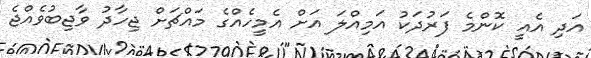
އަދި އެއީ ކޮންމެ ފަރުދަކު އަމިއްލަ އަށް އެމީހެއްގެ މައްޗަށް ޖިހާދު ވާޖިބުވެއްޖެ